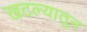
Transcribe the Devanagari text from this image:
खटल्यातून